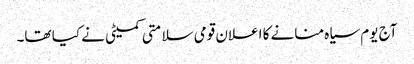
آج یوم سیاہ منانے کا اعلان قومی سلامتی کمیٹی نے کیا تھا۔